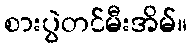
စားပွဲတင်မီးအိမ်။